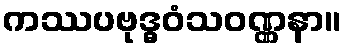
ကဿပဗုဒ္ဓဝံသဝဏ္ဏနာ။